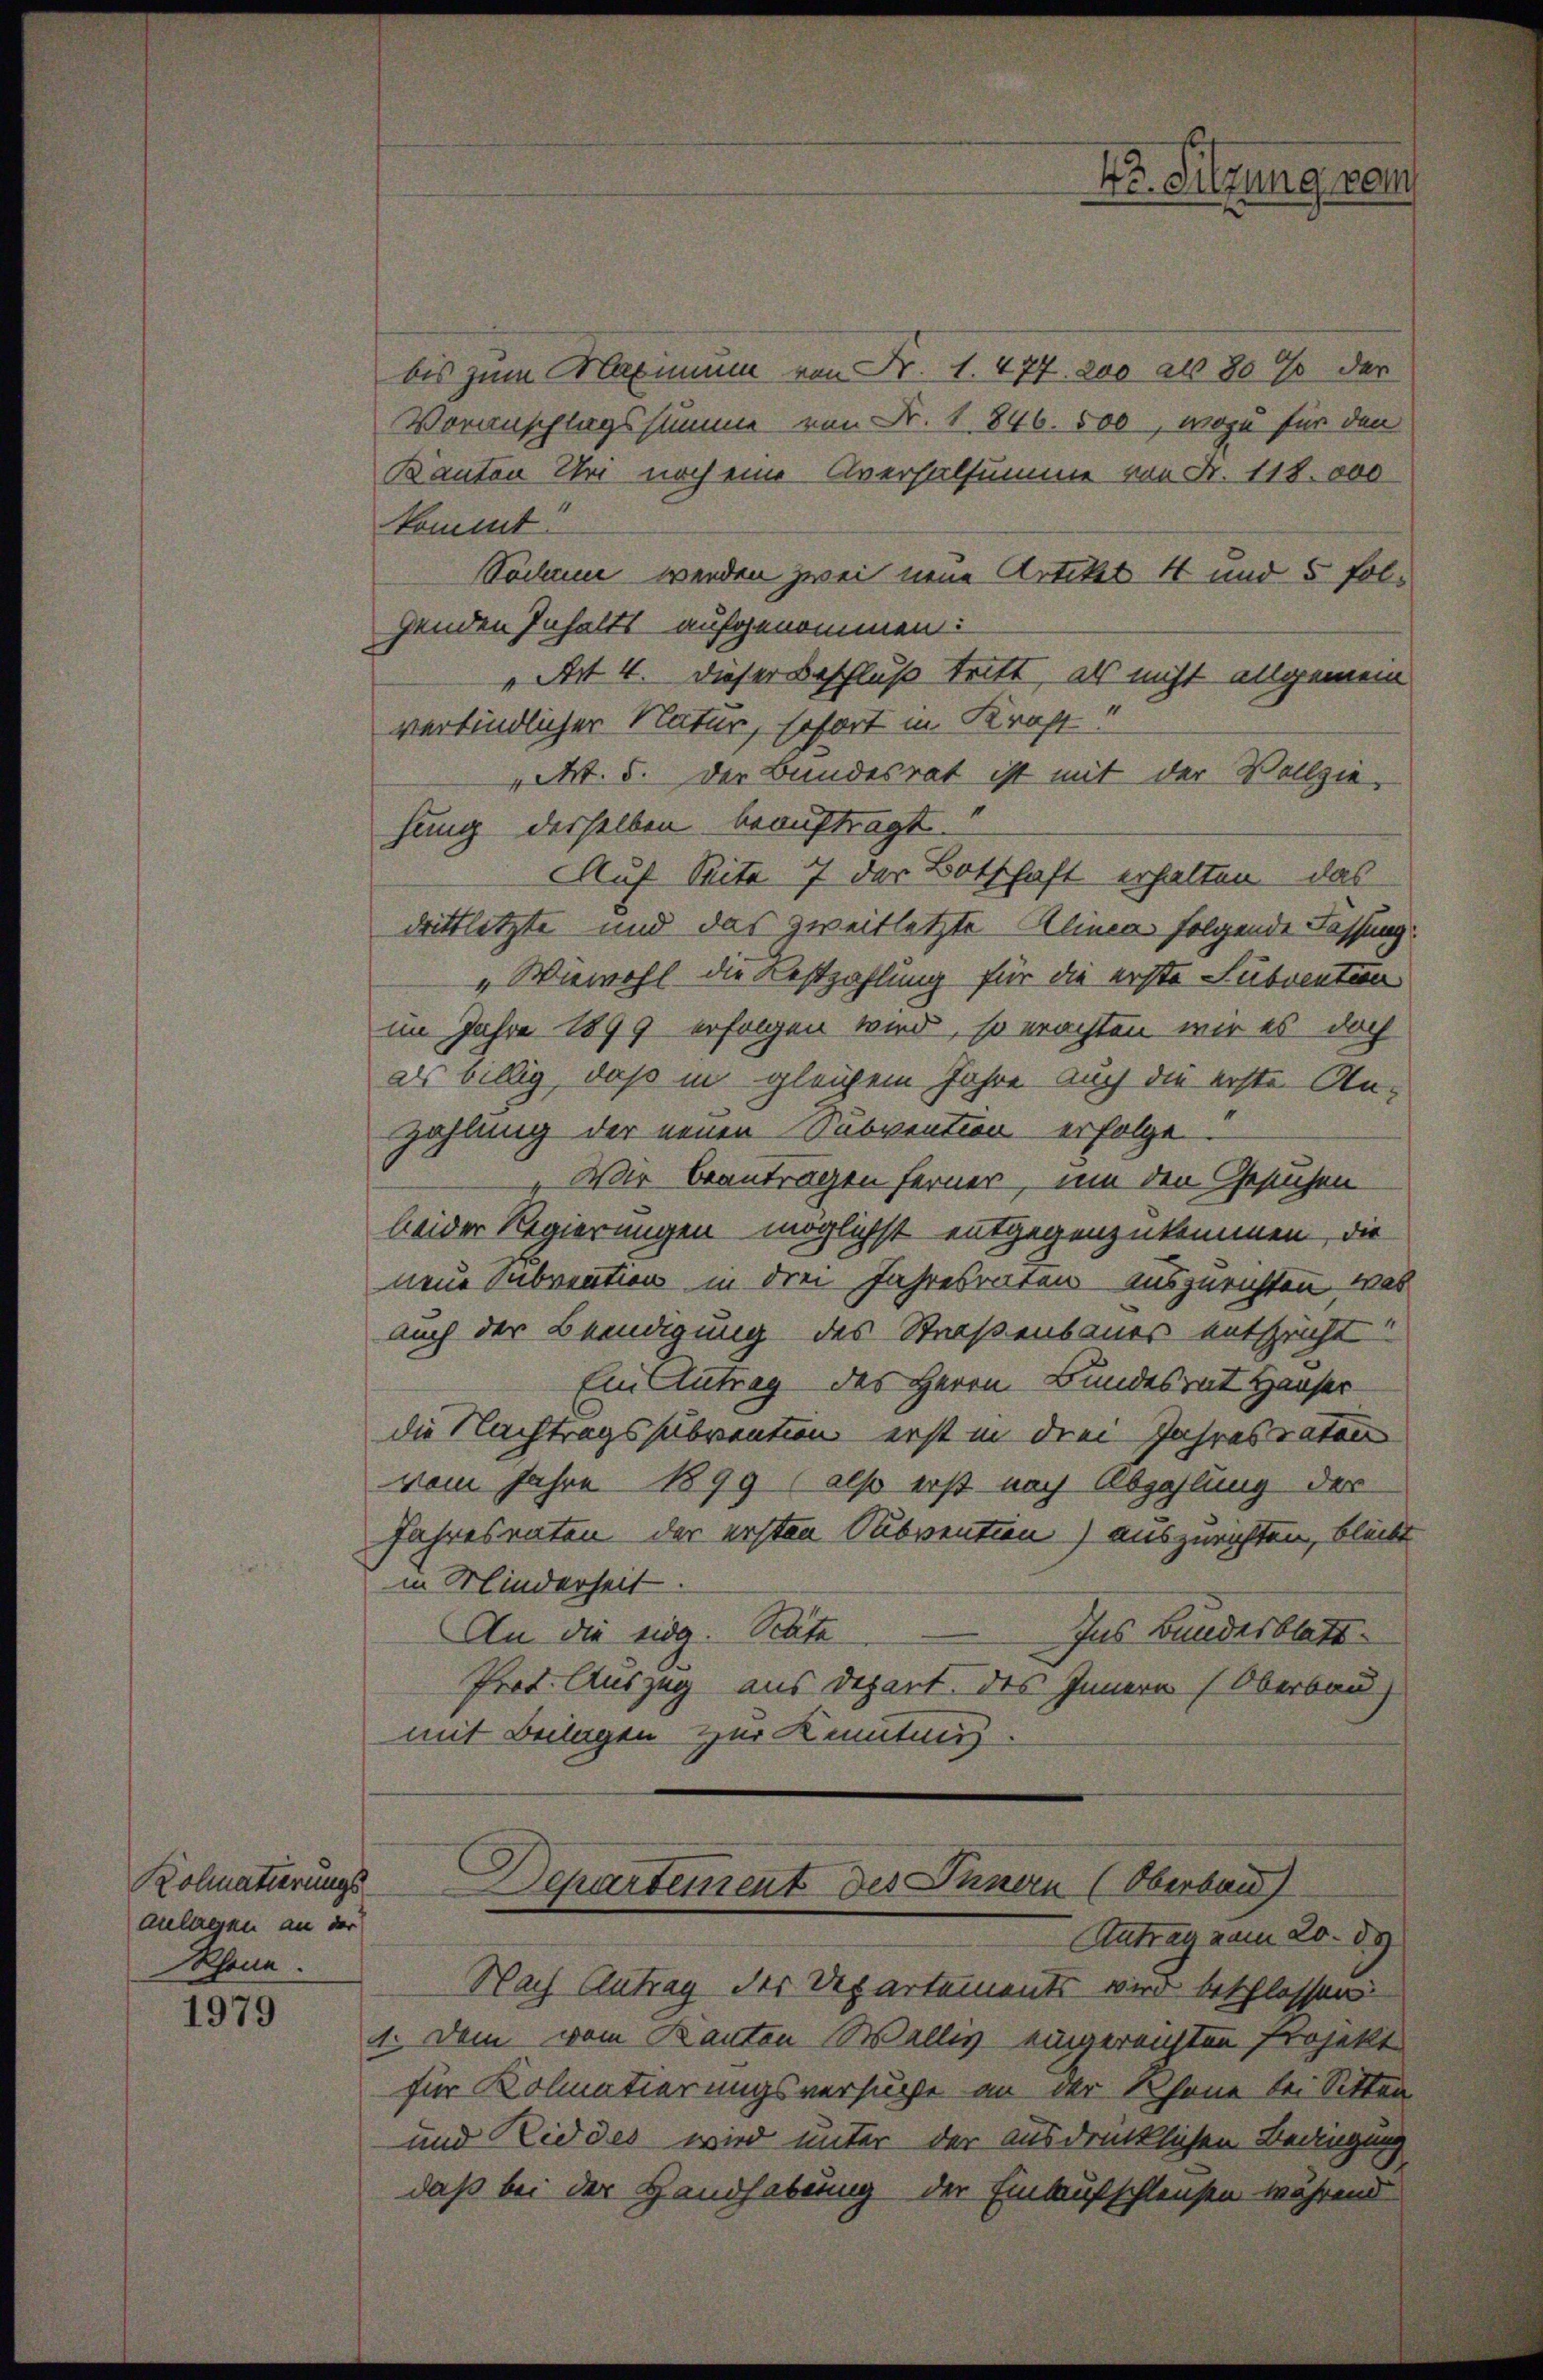
Kolmatierungs
anlagen an der
Schöne.

1979

bis zum Maximum von Fr. 1. 477. 200 als 80 % der
Voranschlagssumme von Fr. 1846. 500, wozu für den
Kanton Uhr noch eine Aversalsumme von Fr. 118.000
kommt.
Sodann werden zwei neue Artikel 4 und 5 folgenden Inhalts aufgenommen:
„Art 4. dieser Beschluß tritt, als nicht allgemein
verfindlicher Natur, sofort in Kraft
M. 5. Der Bundesrat ist mit der Vollziehung derselben beauftragt.
AAuf Seite 7 der Botschaft erhalten das
drittletzte und das zweitletzte Alinea folgende Fassung
"Wiewohl die Festzahlung für die erste Subventen
im Jahre 1899 erfolgen wird, so erachten wir es doch
as billig, daß in gleichem Jahre auch die erste An-
Zahlung der neuen Subvention erfolge
Wir beantragen ferner, um den Gesuchen
leider Regierungen möglichst entgegenzukommen, die
neue Subvention in drei Jahresraten auszurichten, was
auch der Beendigung des Straßenbaues entspricht
Ein Antrag des Herrn Bundesrat Hauser-
die Nachtragssubvention erst in drei Jahresraten
vom Jahre 1899 (also erst nach Abzahlung der
fahresraten der ersten Subvention) auszurichten, bleibt
in Minderheit
An die Eidg. Stäte
Ins Bundesblatt
Prot. Auszug aus Depart des Innern (Oberbau
mit Beilagen zur Kenntnis.
Departement des Innern (Oberbau
Antrag vom 20. 89
Nach Antrag des Departements wird beschlossen
4. Dem vom Kanton Wallis eingereichten Projekt
für Kolmatierungsversuche an der Schöne bei Sitten
und Riddes wird unter der ausdrücklichen Bedingung
daß bei der Handhabung der Einlaufschleusen während

4o. Sitzung vom